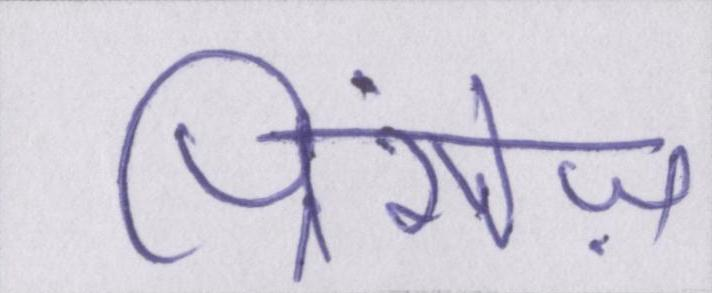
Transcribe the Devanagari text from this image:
प्रिंसेज़